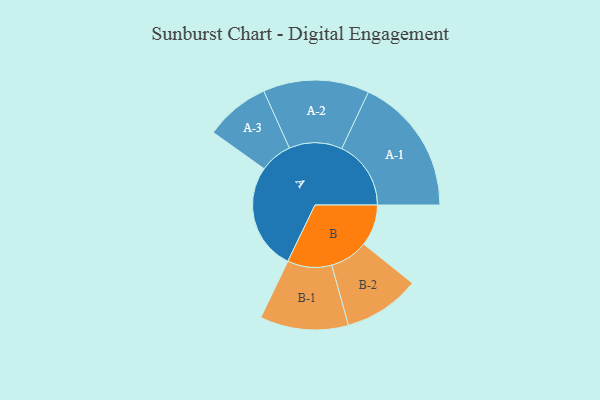
{"axis": {"x": "Segment", "y": "Value"}, "legend": ["", "A", "B"], "data": [{"x": "A", "y": 461, "type": ""}, {"x": "B", "y": 179, "type": ""}, {"x": "A-1", "y": 299, "type": "A"}, {"x": "A-2", "y": 229, "type": "A"}, {"x": "A-3", "y": 140, "type": "A"}, {"x": "B-1", "y": 191, "type": "B"}, {"x": "B-2", "y": 165, "type": "B"}]}